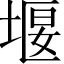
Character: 堰